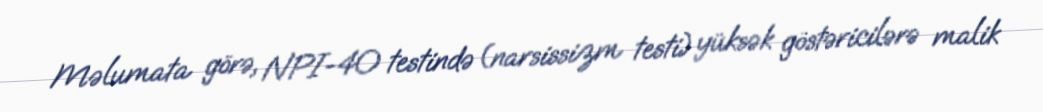
Məlumata görə, NPI-40 testində (narsissizm testi) yüksək göstəricilərə malik